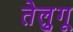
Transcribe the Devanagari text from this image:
तेलु्गू